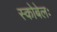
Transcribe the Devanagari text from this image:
स्कोबेलः